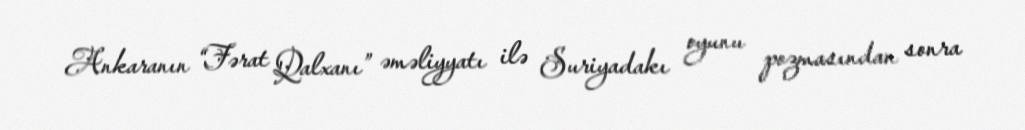
Ankaranın “Fərat Qalxanı” əməliyyatı ilə Suriyadakı oyunu pozmasından sonra